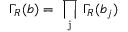
\Gamma _ { R } ( b ) = \mathrm { ~ \prod _ { j } ~ } \Gamma _ { R } ( b _ { j } )